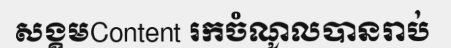
សង្គមContent រកចំណូលបានរាប់